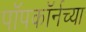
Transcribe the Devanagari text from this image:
पॉपकॉर्नच्या